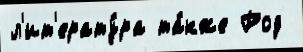
л'ит'ерату́ра та́кже Род